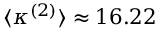
\langle \kappa ^ { ( 2 ) } \rangle \approx 1 6 . 2 2